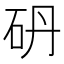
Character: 砃